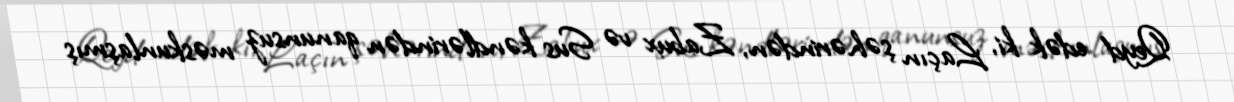
Qeyd edək ki, Laçın şəhərindən, Zabux və Sus kəndlərindən qanunsuz məskunlaşmış